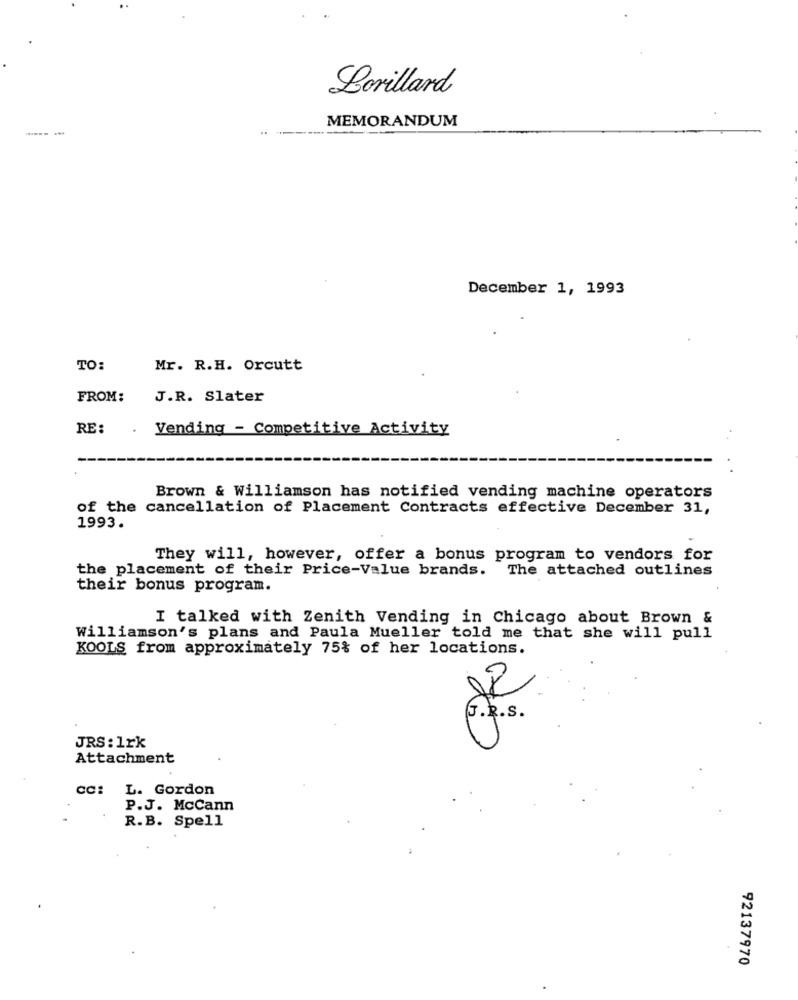
Lorillard
MEMORANDUM
...... .
..
December 1, 1993
TO:
Mr. R.H. Orcutt
FROM:
J.R. Slater
RE:
Vending - Competitive Activity
Brown & Williamson has notified vending machine operators
of the cancellation of Placement Contracts effective December 31,
1993.
They will, however, offer a bonus program to vendors for
the placement of their Price-Value brands. The attached outlines
their bonus program.
I talked with Zenith Vending in Chicago about Brown &
Williamson's plans and Paula Mueller told me that she will pull
KOOLS from approximately 75% of her locations.
G.R.s.
JRS : 1rk
Attachment
L. Gordon
P.J. McCann
R.B. Spell
92137970